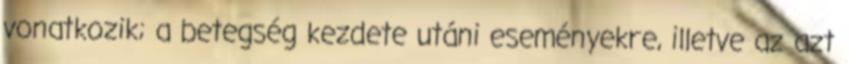
vonatkozik; a betegség kezdete utáni eseményekre, illetve az azt